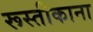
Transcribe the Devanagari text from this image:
रूस्तीकाना